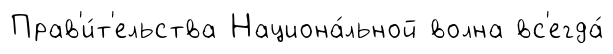
Прав'и́т'ельства Национа́льной волна вс'егда́